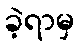
ခဲ့ရာမှ